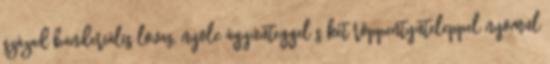
század banderiális lovas, nyolc ágyúüteggel s két röppentyűteleppel nyomul